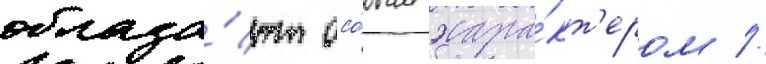
облада́ют осо́бым хара́кт'ером //